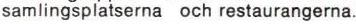
samlingsplatserna och restaurangerna.